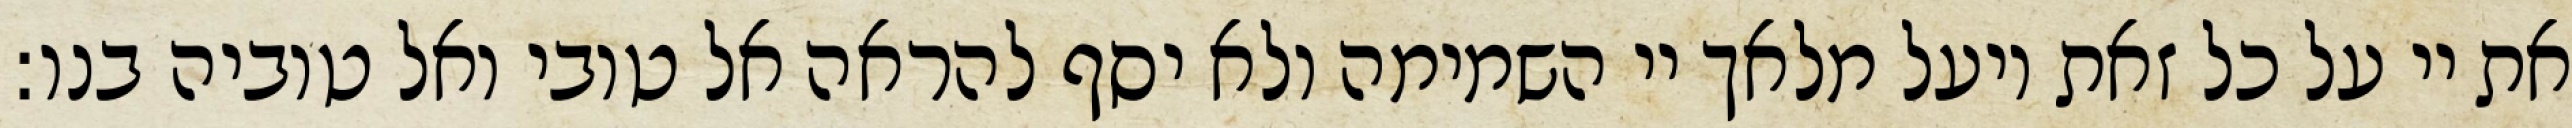
את יי על כל זאת ויעל מלאך יי השמימה ולא יסף להראה אל טובי ואל טוביה בנו: